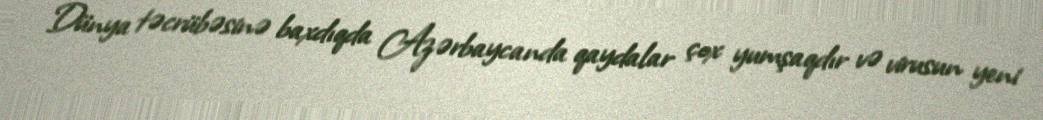
Dünya təcrübəsinə baxdıqda Azərbaycanda qaydalar çox yumşaqdır və virusun yeni